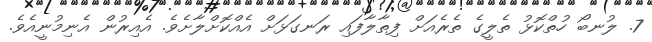
7. ލުނބޯ ހުތްކޮޅު ތެލީގެ ތެރެއަށް ފިތާލާފައި ރަނގަޅަށް އެއްކޮށްލާށެވެ. އެއިރުން އެނިމުނީއެވެ.